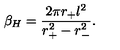
\beta _ { H } = \frac { 2 \pi r _ { + } l ^ { 2 } } { r _ { + } ^ { 2 } - r _ { - } ^ { 2 } } .